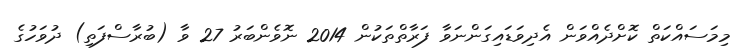
މިމަސައްކަތް ކޮށްދެއްވަން އެދިވަޑައިގަންނަވާ ފަރާތްތަކުން 2014 ނޮވެންބަރު 27 ވާ (ބުރާސްފަތި) ދުވަހުގެ